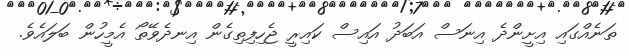
ތަނެއްގައި އިށީންދެ އިނަސް އަބަދު އައިސް ކައިރީ ޖެހިފިތިގެން އިނދެވޭތޯ އެމީހުން ބަލައެވެ.